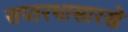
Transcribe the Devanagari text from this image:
सप्तरथासारखे